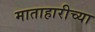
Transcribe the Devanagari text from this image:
माताहारीच्या